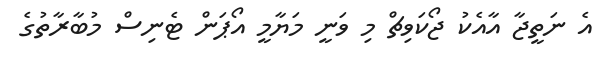
އެ ނަތީޖާ އާއެކު ޖޯކަވިޗް މި ވަނީ މަޔާމީ އޯޕަން ޓެނިސް މުބާރާތުގެ